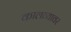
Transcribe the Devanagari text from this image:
कालव्यावर